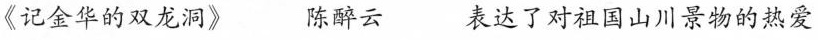
《记金华的双龙洞》 陈醉云 表达了对祖国山川景物的热爱